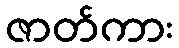
ဇာတ်ကား